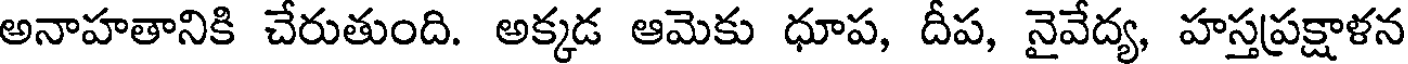
అనాహతానికి చేరుతుంది. అక్కడ ఆమెకు ధూప, దీప, నైవేద్య, హస్తప్రక్షాళన